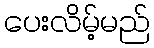
ပေးလိမ့်မည်